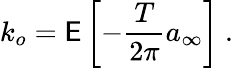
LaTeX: k_{o}=\mathsf{E}\left[-\frac{{T}}{{2\pi}}a_{\infty}\right]\ .